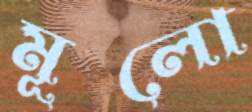
মূলো